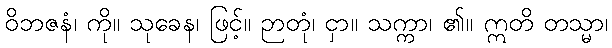
ဝိဘဇနံ၊ ကို။ သုခေန၊ ဖြင့်။ ဉာတုံ၊ ငှာ။ သက္ကာ၊ ၏။ ဣတိ တသ္မာ၊